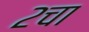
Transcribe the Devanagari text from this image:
२चा